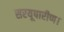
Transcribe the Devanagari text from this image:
सरयूपारीण।